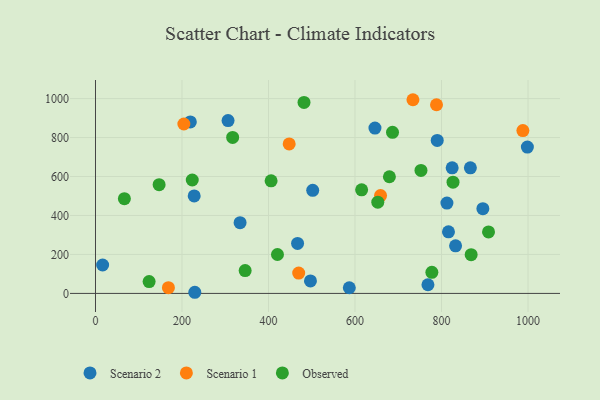
{"axis": {"x": "Ad Spend", "y": "Rating"}, "legend": ["Observed", "Scenario 1", "Scenario 2"], "data": [{"x": "586.8", "y": 29.0, "type": "Scenario 2"}, {"x": "866.7", "y": 644.6, "type": "Scenario 2"}, {"x": "768.6", "y": 44.4, "type": "Scenario 2"}, {"x": "895.6", "y": 435.1, "type": "Scenario 2"}, {"x": "219.3", "y": 880.0, "type": "Scenario 2"}, {"x": "334.3", "y": 362.9, "type": "Scenario 2"}, {"x": "16.5", "y": 145.9, "type": "Scenario 2"}, {"x": "306.5", "y": 886.9, "type": "Scenario 2"}, {"x": "229.6", "y": 5.8, "type": "Scenario 2"}, {"x": "497.0", "y": 64.0, "type": "Scenario 2"}, {"x": "832.5", "y": 244.3, "type": "Scenario 2"}, {"x": "502.2", "y": 528.9, "type": "Scenario 2"}, {"x": "824.6", "y": 644.8, "type": "Scenario 2"}, {"x": "816.1", "y": 316.0, "type": "Scenario 2"}, {"x": "790.1", "y": 785.4, "type": "Scenario 2"}, {"x": "228.2", "y": 500.3, "type": "Scenario 2"}, {"x": "998.5", "y": 750.9, "type": "Scenario 2"}, {"x": "812.5", "y": 463.8, "type": "Scenario 2"}, {"x": "467.2", "y": 256.4, "type": "Scenario 2"}, {"x": "646.1", "y": 848.8, "type": "Scenario 2"}, {"x": "788.4", "y": 968.2, "type": "Scenario 1"}, {"x": "447.8", "y": 767.4, "type": "Scenario 1"}, {"x": "988.1", "y": 836.0, "type": "Scenario 1"}, {"x": "469.8", "y": 104.6, "type": "Scenario 1"}, {"x": "733.9", "y": 994.1, "type": "Scenario 1"}, {"x": "168.6", "y": 29.4, "type": "Scenario 1"}, {"x": "204.3", "y": 869.6, "type": "Scenario 1"}, {"x": "659.0", "y": 501.9, "type": "Scenario 1"}, {"x": "752.5", "y": 631.1, "type": "Observed"}, {"x": "615.3", "y": 531.8, "type": "Observed"}, {"x": "777.7", "y": 108.4, "type": "Observed"}, {"x": "826.6", "y": 570.9, "type": "Observed"}, {"x": "124.0", "y": 60.7, "type": "Observed"}, {"x": "223.7", "y": 582.0, "type": "Observed"}, {"x": "406.0", "y": 577.9, "type": "Observed"}, {"x": "868.5", "y": 198.7, "type": "Observed"}, {"x": "679.5", "y": 598.7, "type": "Observed"}, {"x": "317.1", "y": 800.8, "type": "Observed"}, {"x": "482.1", "y": 980.4, "type": "Observed"}, {"x": "346.0", "y": 117.2, "type": "Observed"}, {"x": "686.7", "y": 826.6, "type": "Observed"}, {"x": "420.7", "y": 199.7, "type": "Observed"}, {"x": "147.1", "y": 558.2, "type": "Observed"}, {"x": "652.7", "y": 468.5, "type": "Observed"}, {"x": "908.7", "y": 315.7, "type": "Observed"}, {"x": "66.8", "y": 486.3, "type": "Observed"}]}